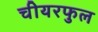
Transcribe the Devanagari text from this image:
चीयरफुल